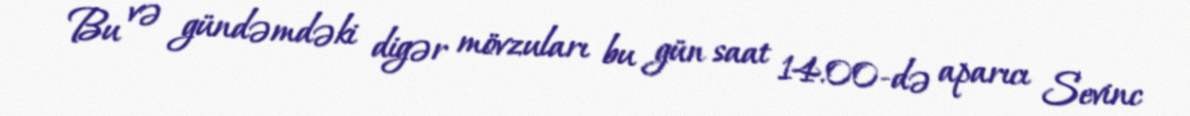
Bu və gündəmdəki digər mövzuları bu gün saat 14.00-də aparıcı Sevinc